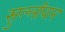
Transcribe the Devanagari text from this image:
सुल्लीवान